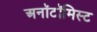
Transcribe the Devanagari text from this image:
अनॉटॉमिस्ट